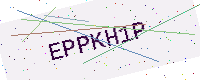
Text: EPPKH1P